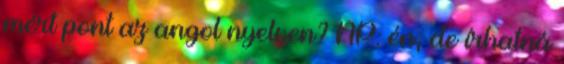
mért pont az angol nyelven? NP: én, de írhatná